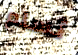
تسلم